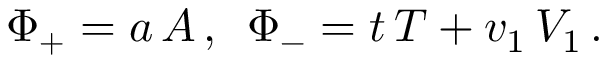
\Phi _ { + } = a \, A \, , \, \, \, \Phi _ { - } = t \, T + v _ { 1 } \, V _ { 1 } \, .